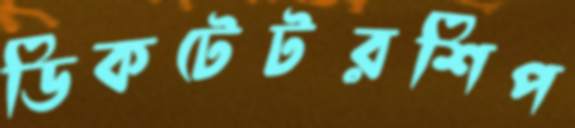
ডিকটেটরশিপ